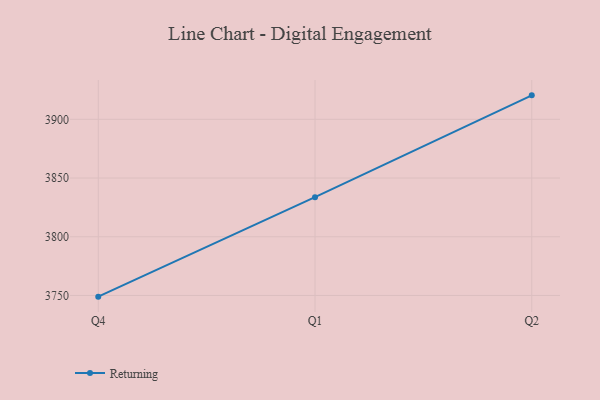
{"axis": {"x": "Quarter", "y": "Shipments"}, "legend": ["Returning"], "data": [{"x": "Q4", "y": 3749.0, "type": "Returning"}, {"x": "Q1", "y": 3833.7, "type": "Returning"}, {"x": "Q2", "y": 3920.4, "type": "Returning"}]}